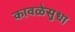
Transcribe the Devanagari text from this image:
कावळेसुधा